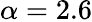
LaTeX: \alpha=2.6